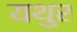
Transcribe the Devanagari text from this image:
यथुर